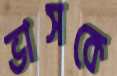
ভাসকে